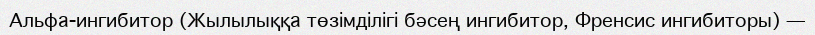
Альфа-ингибитор (Жылылыққа төзімділігі бәсең ингибитор, Френсис ингибиторы) —